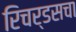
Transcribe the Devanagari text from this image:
रिचर्डसचा